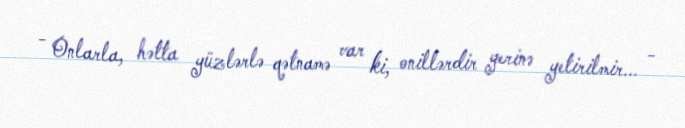
- Onlarla, hətta yüzlərlə qətnamə var ki, onillərdir yerinə yetirilmir... -